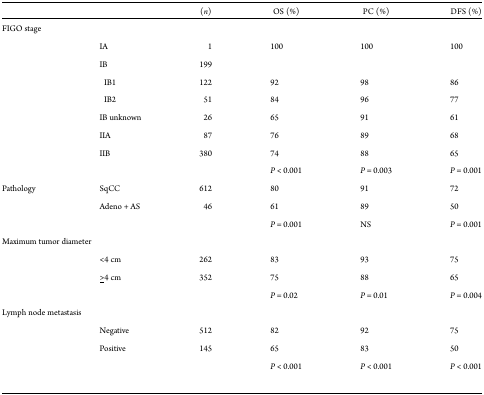
<table><thead><tr><td></td><td></td><td><b>(<i>n</i>)</b></td><td><b>OS (%)</b></td><td><b>PC (%)</b></td><td><b>DFS (%)</b></td></tr></thead><tbody><tr><td>FIGO stage</td><td></td><td></td><td></td><td></td><td></td></tr><tr><td></td><td>IA</td><td>1</td><td>100</td><td>100</td><td>100</td></tr><tr><td></td><td>IB</td><td>199</td><td></td><td></td><td></td></tr><tr><td></td><td> IB1</td><td>122</td><td>92</td><td>98</td><td>86</td></tr><tr><td></td><td> IB2</td><td>51</td><td>84</td><td>96</td><td>77</td></tr><tr><td></td><td>IB unknown</td><td>26</td><td>65</td><td>91</td><td>61</td></tr><tr><td></td><td>IIA</td><td>87</td><td>76</td><td>89</td><td>68</td></tr><tr><td></td><td>IIB</td><td>380</td><td>74</td><td>88</td><td>65</td></tr><tr><td></td><td></td><td></td><td><i>P</i> &lt; 0.001</td><td><i>P</i> = 0.003</td><td><i>P</i> = 0.001</td></tr><tr><td>Pathology</td><td>SqCC</td><td>612</td><td>80</td><td>91</td><td>72</td></tr><tr><td></td><td>Adeno + AS</td><td>46</td><td>61</td><td>89</td><td>50</td></tr><tr><td></td><td></td><td></td><td><i>P</i> = 0.001</td><td>NS</td><td><i>P</i> = 0.001</td></tr><tr><td colspan="2">Maximum tumor diameter</td><td></td><td></td><td></td><td></td></tr><tr><td></td><td>&lt;4 cm</td><td>262</td><td>83</td><td>93</td><td>75</td></tr><tr><td></td><td><underline>&gt;</underline>4 cm</td><td>352</td><td>75</td><td>88</td><td>65</td></tr><tr><td></td><td></td><td></td><td><i>P</i> = 0.02</td><td><i>P</i> = 0.01</td><td><i>P</i> = 0.004</td></tr><tr><td colspan="2">Lymph node metastasis</td><td></td><td></td><td></td><td></td></tr><tr><td></td><td>Negative</td><td>512</td><td>82</td><td>92</td><td>75</td></tr><tr><td></td><td>Positive</td><td>145</td><td>65</td><td>83</td><td>50</td></tr><tr><td></td><td></td><td></td><td><i>P</i> &lt; 0.001</td><td><i>P</i> &lt; 0.001</td><td><i>P</i> &lt; 0.001</td></tr></tbody></table>